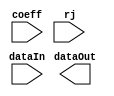
`timescale 1ns / 1ps
//////////////////////////////////////////////////////////////////////////////////
// Company: 
// Engineer: 
// 
// Design Name: 
// Module Name:    MSDAP 
// Project Name: 
// Target Devices: 
// Tool versions: 
// Description: 
//
// Dependencies: 
//
// Revision: 
// Revision 0.01 - File Created
// Additional Comments: 
//
//////////////////////////////////////////////////////////////////////////////////
module main(
    output [39:0] dataOut,
    input [15:0] dataIn,
    input [11:0] coeff,
    input [8:0] rj
    );


endmodule